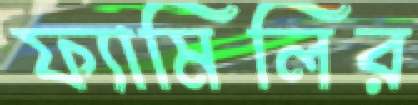
ফ্যামিলির